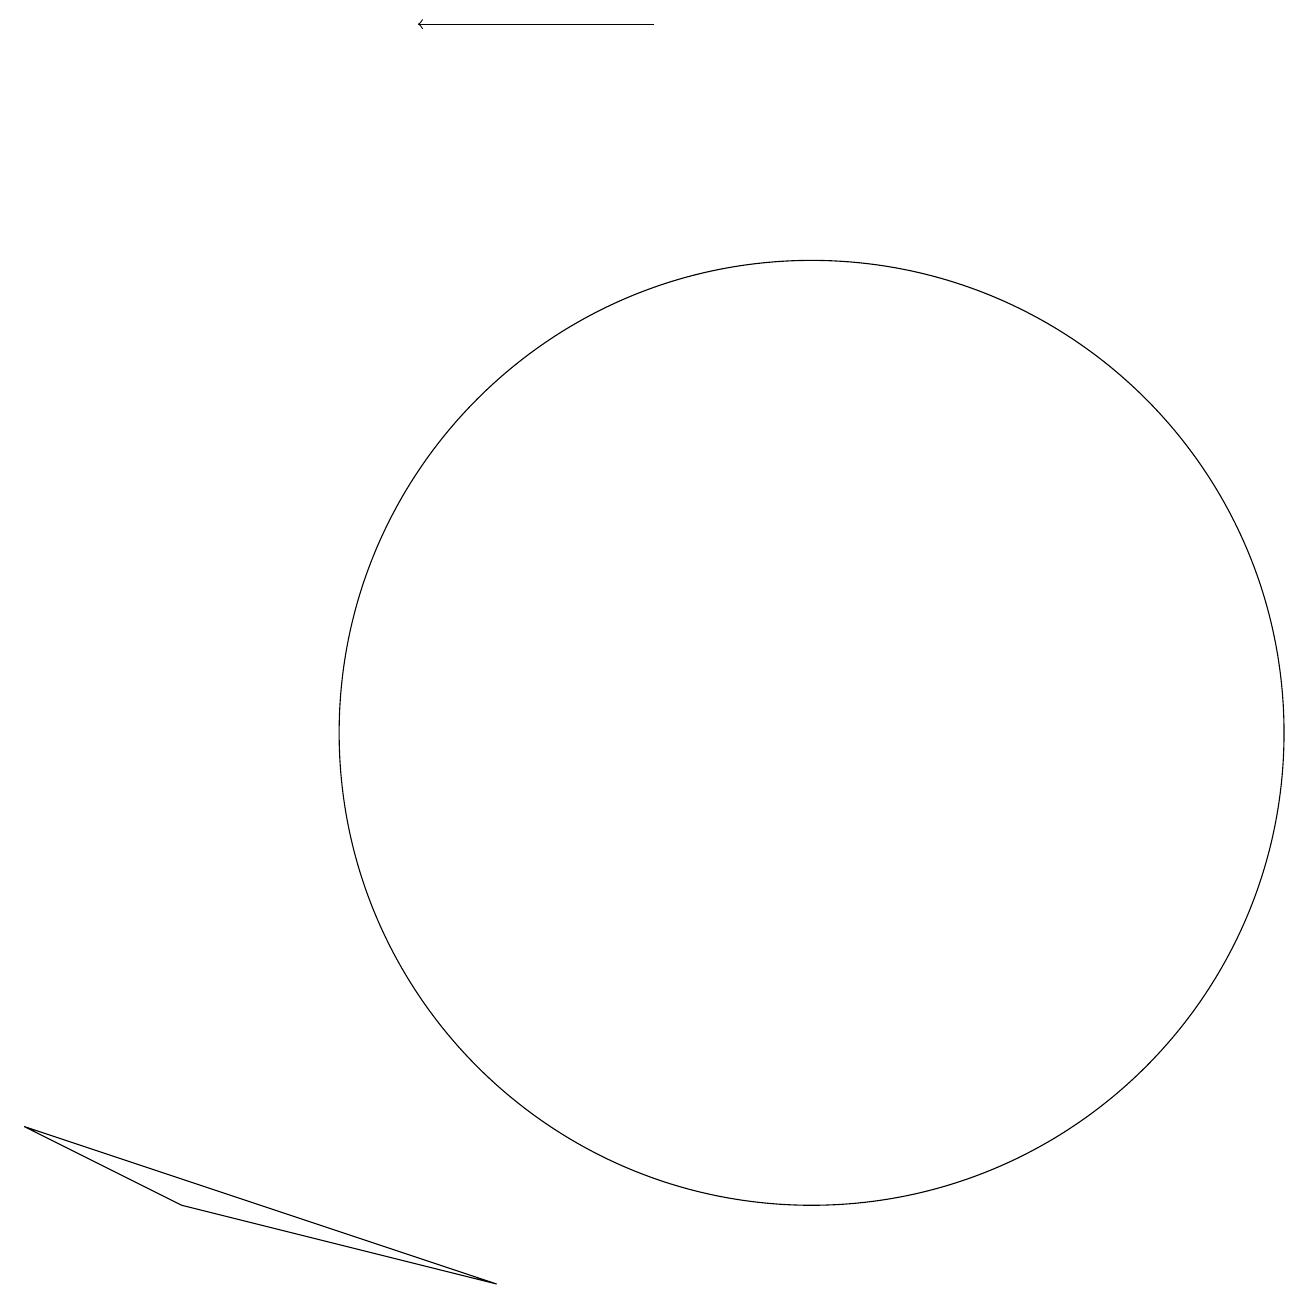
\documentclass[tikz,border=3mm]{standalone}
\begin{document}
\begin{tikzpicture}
\draw (2,4) -- (6,3) -- (0,5) -- cycle;
\draw (10,10) circle (6);
\draw[->] (8,19) -- (5,19);
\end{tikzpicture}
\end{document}